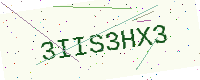
Text: 3IIS3HX3